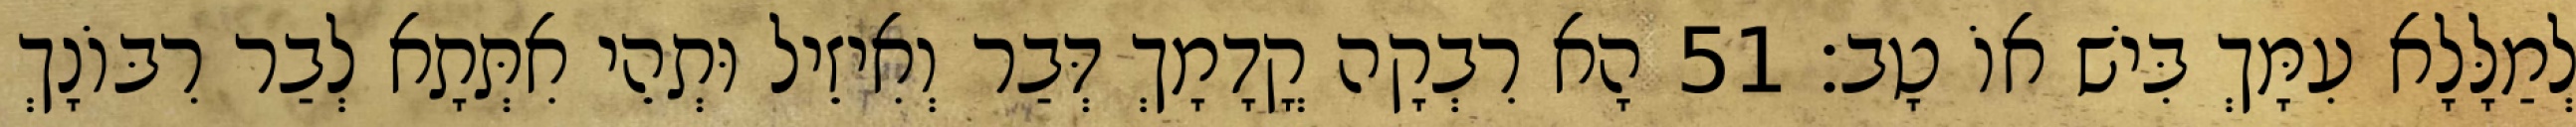
לְמַלָּלָא עִמָּךְ בִּישׁ אוֹ טָב׃ 51 הָא רִבְקָה קֳדָמָךְ דְּבַר וְאִיזֵיל וּתְהֵי אִתְּתָא לְבַר רִבּוֹנָךְ